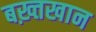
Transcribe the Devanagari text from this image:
बख़्तखान